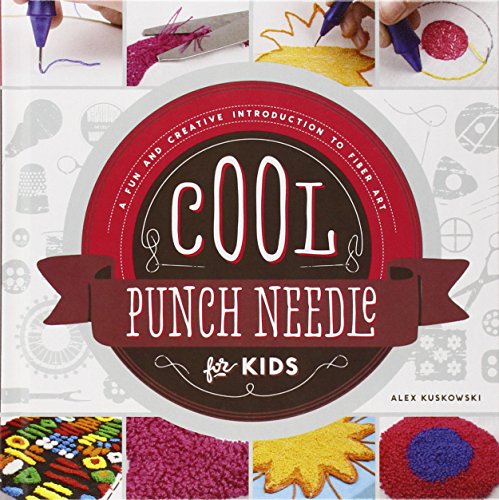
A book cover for Cool Punch Needle for Kids:: A Fun and Creative Introduction to Fiber Art (Cool Fiber Art); Alex Kuskowski; Crafts, Hobbies & Home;